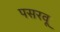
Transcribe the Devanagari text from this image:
पसरवू